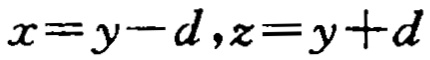
\(x=y - d,z=y + d\)